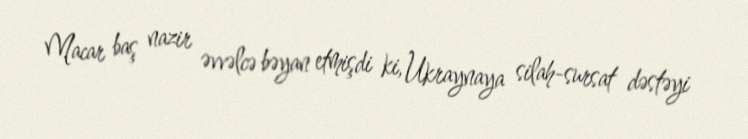
Macar baş nazir əvvəlcə bəyan etmişdi ki, Ukraynaya silah-sursat dəstəyi